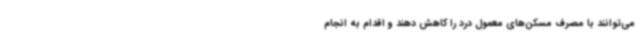
می‌توانند با مصرف مسکن‌های معمول درد را کاهش دهند و اقدام به انجام